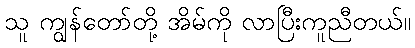
သူ ကျွန်တော်တို့ အိမ်ကို လာပြီးကူညီတယ်။